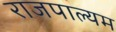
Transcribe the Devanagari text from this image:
राजपाल्यम